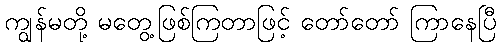
ကျွန်မတို့ မတွေ့ဖြစ်ကြတာဖြင့် တော်တော် ကြာနေပြီ